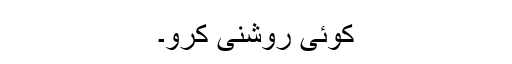
کوئی روشنی کرو۔